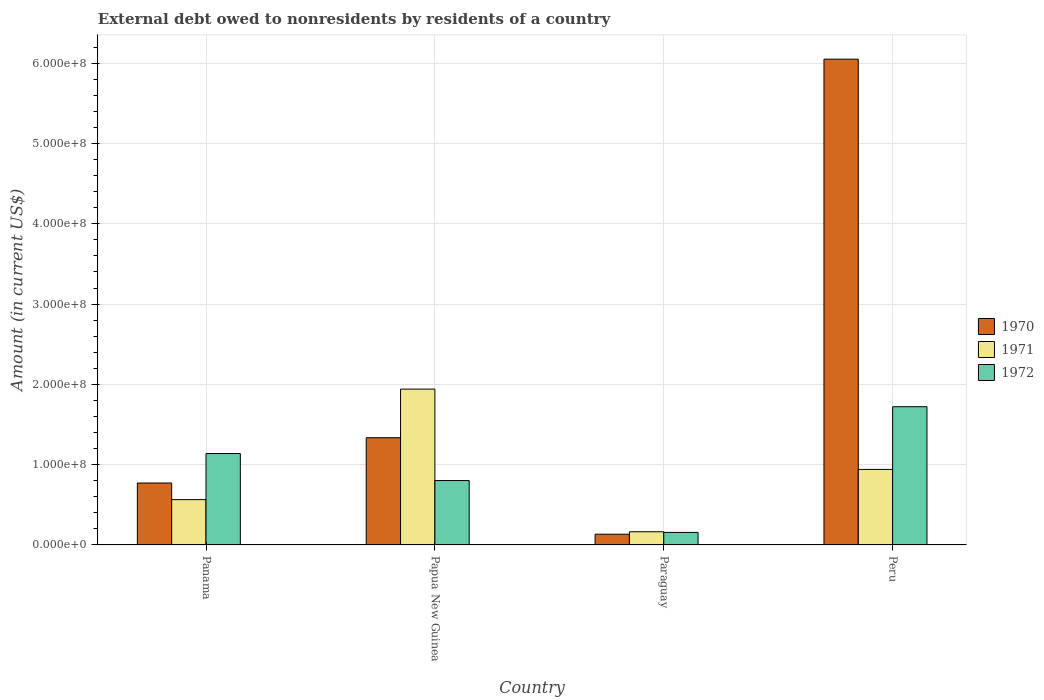
| Country | 1970 | 1971 | 1972 |
 | --- | --- | --- | --- |
 | Panama | 7.71e+07 | 5.64e+07 | 1.14e+08 |
 | Papua New Guinea | 1.34e+08 | 1.94e+08 | 8.02e+07 |
 | Paraguay | 1.34e+07 | 1.64e+07 | 1.56e+07 |
 | Peru | 6.05e+08 | 9.41e+07 | 1.72e+08 |